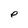
Character: e